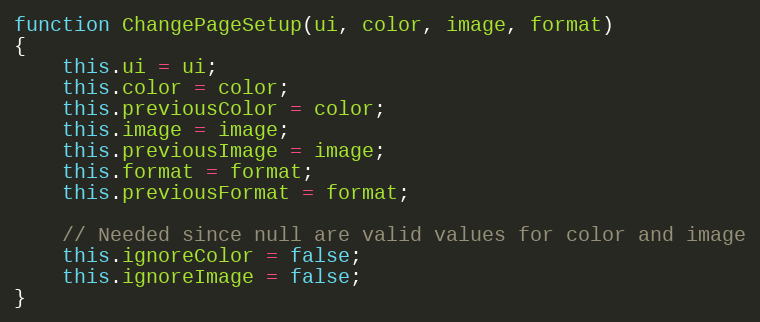
Language: JavaScript
function ChangePageSetup(ui, color, image, format)
{
	this.ui = ui;
	this.color = color;
	this.previousColor = color;
	this.image = image;
	this.previousImage = image;
	this.format = format;
	this.previousFormat = format;

	// Needed since null are valid values for color and image
	this.ignoreColor = false;
	this.ignoreImage = false;
}